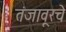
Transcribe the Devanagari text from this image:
तंजावूरचे